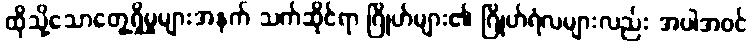
ထိုသို့သောတွေ့ရှိမှုများအနက် သက်ဆိုင်ရာ ဂြိုဟ်များ၏ ဂြိုဟ်ရံလများလည်း အပါအဝင်